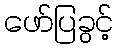
ဖော်ပြခွင့်